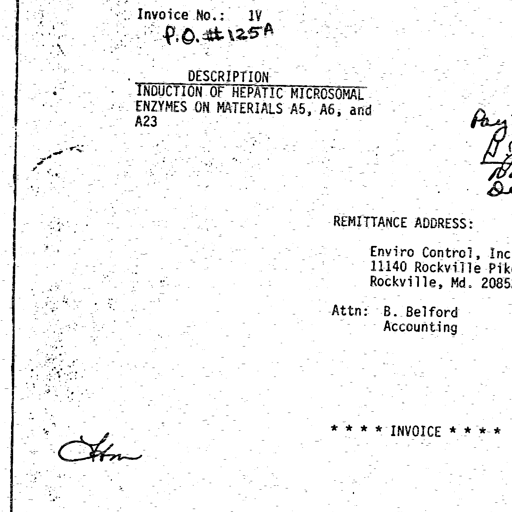
Invoice No.: 1V
P.O. # 125A

DESCRIPTION
INDUCTION OF HEPATIC MICROSOMAL
ENZYMES ON MATERIALS A5, A6, and
A23

Pay
B
10
De

REMITTANCE ADDRESS:

Enviro Control, Inc.
11140 Rockville Pike
Rockville, Md. 20852

Attn: B. Belford
Accounting

Htm

* * * * INVOICE * * * *